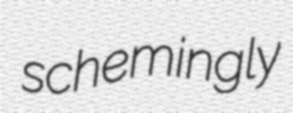
schemingly